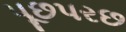
પૂછપરછ